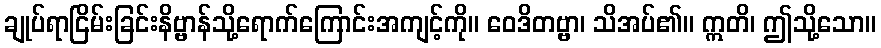
ချုပ်ရာငြိမ်းခြင်းနိဗ္ဗာန်သို့ရောက်ကြောင်းအကျင့်ကို။ ဝေဒိတဗ္ဗာ၊ သိအပ်၏။ ဣတိ၊ ဤသို့သော။